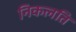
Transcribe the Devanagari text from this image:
निकलति